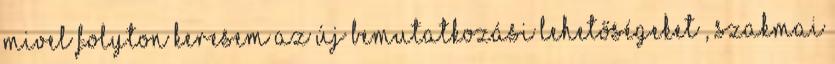
mivel folyton keresem az új bemutatkozási lehetőségeket , szakmai